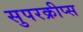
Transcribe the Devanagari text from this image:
सुपरक्रीप्स